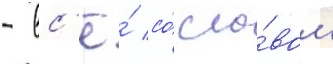
- вс'ё́ со́ сло́вом